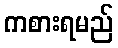
ကစားရမည်